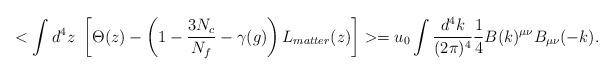
LaTeX: \begin{align*}<\int d^4z~\left[ \Theta (z)-\left( 1-{\frac{3N_c}{N_f}}-\gamma(g)\right) L_{matter}(z)\right] >=u_0\int \frac{d^4 k}{(2\pi)^4}\frac{1}{4} B(k)^{\mu\nu}{B}_{\mu\nu}(-k). \end{align*}